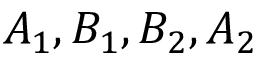
A _ { 1 } , B _ { 1 } , B _ { 2 } , A _ { 2 }